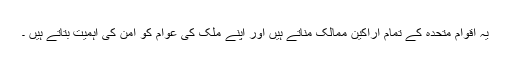
یہ اقوام متحدہ کے تمام اراکین ممالک مناتے ہیں اور اپنے ملک کی عوام کو امن کی اہمیت بتاتے ہیں ۔